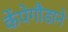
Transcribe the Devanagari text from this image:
केंपेगौडाने